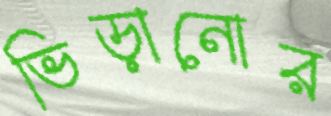
ভিড়ানোর